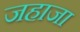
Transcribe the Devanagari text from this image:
जहाजा